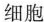
细胞